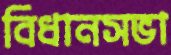
বিধানসভা